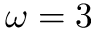
\omega = 3